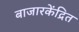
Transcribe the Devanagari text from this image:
बाजारकेंद्रित